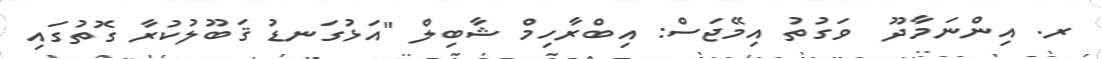
ރ. އިންނަމާދޫ  ވަގުތު އިމޭޖަސް: އިބްރާހިމް ޝާބިލް "އަޅުގަނޑު ޤަބޫލުކުރާ ގޮތުގައި